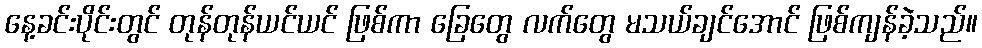
နေ့ခင်းပိုင်းတွင် တုန်တုန်ယင်ယင် ဖြစ်ကာ ခြေတွေ လက်တွေ မသယ်ချင်အောင် ဖြစ်ကျန်ခဲ့သည်။